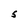
Character: S